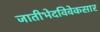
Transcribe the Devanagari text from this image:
जातीभेदविवेकसार